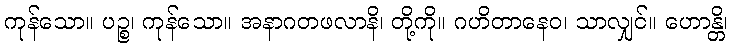
ကုန်သော။ ပဉ္စ၊ ကုန်သော။ အနာဂတဖလာနိ၊ တို့ကို။ ဂဟိတာနေဝ၊ သာလျှင်။ ဟောန္တိ၊